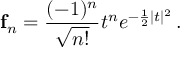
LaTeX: { \bf f } _ { n } = \frac { ( - 1 ) ^ { n } } { \sqrt { n ! } } t ^ { n } e ^ { - \frac { 1 } { 2 } | t | ^ { 2 } } \, .